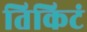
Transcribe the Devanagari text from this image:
तिकिटं